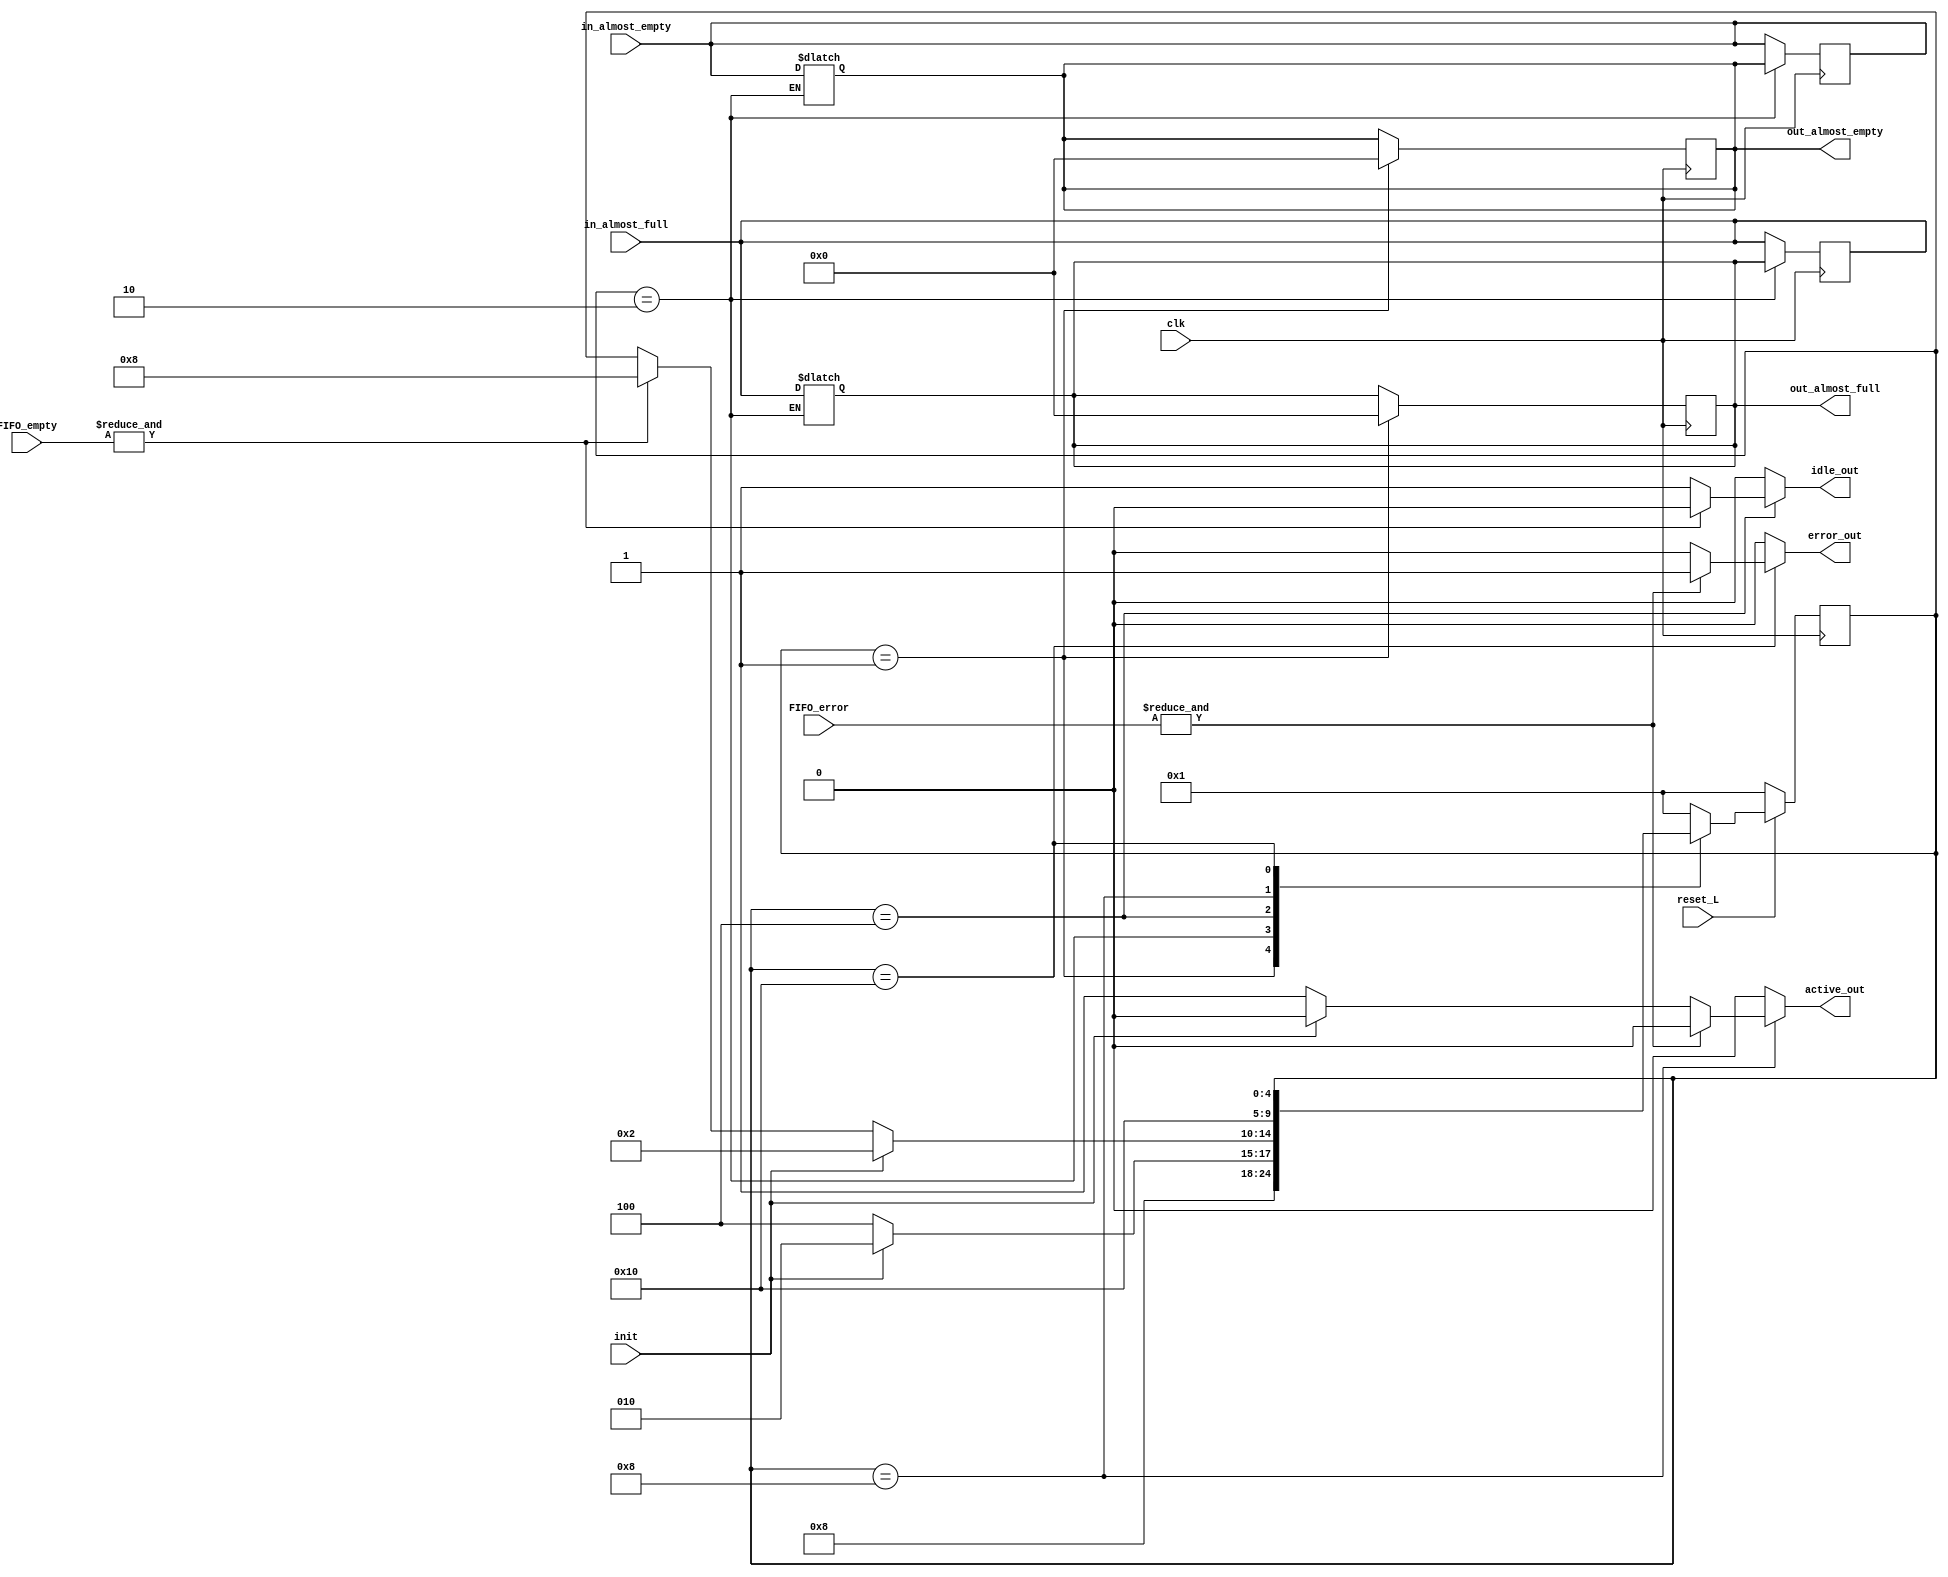
module control_fsm (input clk,
                    input reset_L,
                    input init,
                    input [4:0] in_almost_full,
                    input [4:0] in_almost_empty,
                    input [4:0] FIFO_empty,
                    input [4:0] FIFO_error,
                    output reg [4:0] out_almost_full,
                    output reg [4:0] out_almost_empty,
                    output reg error_out,
                    output reg active_out,
                    output reg idle_out);

parameter SIZE = 5;
parameter RESET = 5'b00001;
parameter INIT = 5'b00010;
parameter IDLE = 5'b00100;
parameter ACTIVE = 5'b01000;
parameter ERROR = 5'b10000;

reg [SIZE-1:0]  state;
reg [SIZE-1:0]  next_state;
reg modify_umb;
reg comodin;

always @(posedge clk) begin
    if (!reset_L) begin
        modify_umb<=0;
        state<=RESET;
    end
    else
        state <= next_state;
        if(state==RESET) begin
            out_almost_empty<='b0;
            out_almost_full<='b0;    
        end
        if(state==INIT) begin
            in_almost_empty<=out_almost_empty;
            in_almost_full<=out_almost_full;        
        end
end


always @(*) begin
    next_state=state;
    error_out=0;
    active_out=0;
    idle_out=0;
    case (state)
        RESET:begin
                next_state=INIT;
        end
        INIT: begin   
            out_almost_empty=in_almost_empty;
            out_almost_full=in_almost_full;        
            if(!init) begin
                next_state=IDLE;
            end
            else 
                next_state=INIT;
        end 
        IDLE: begin
            idle_out=1;
            if(&FIFO_empty)begin
                idle_out=0;
                next_state=ACTIVE;
            end
            if (init)
                next_state=INIT;    
        end
        ACTIVE: begin
            active_out=1;
            if (init)
                active_out=0;
                next_state=INIT;
            if (&FIFO_error)
                active_out=0;
                next_state=ERROR;    
        end
        ERROR: begin
            if(&FIFO_error) begin
                error_out=1;
            end
            if(!reset_L)
                next_state=RESET;
        end

        default: begin
            next_state=RESET; 

        end

    endcase    
end


endmodule